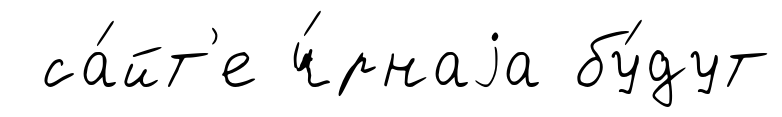
са́йт'е ч́рнаjа бу́дут